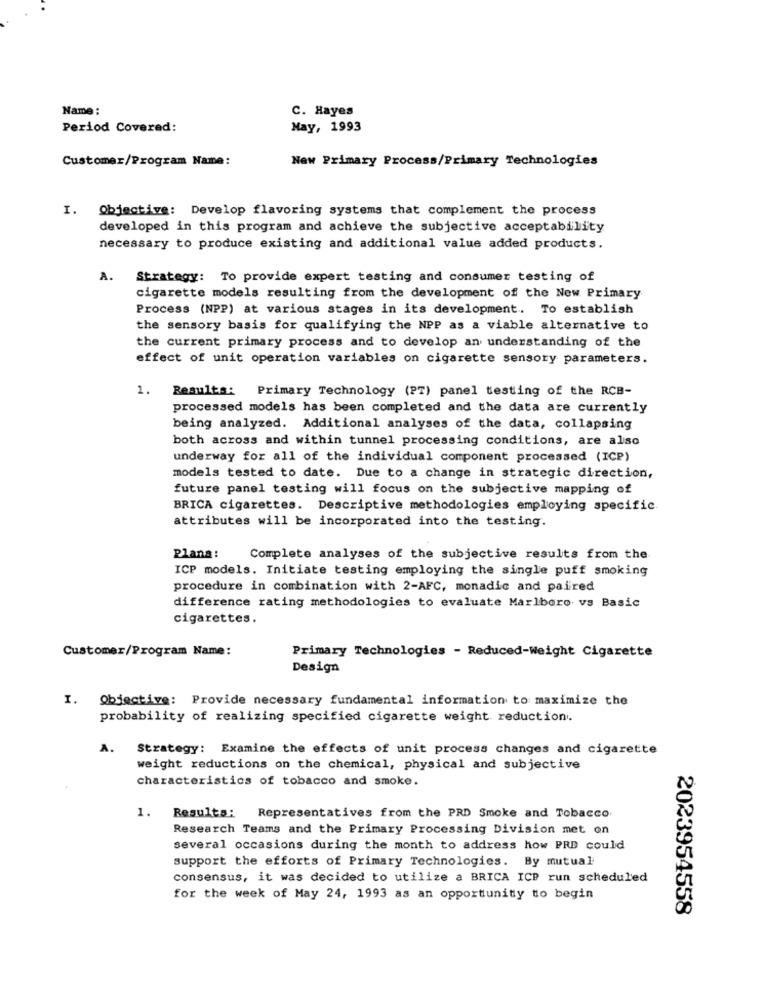
Name:
C. Hayes
Period Covered:
May, 1993
Customer/Program Name:
New Primary Process/Primary Technologies
I. Objective: Develop flavoring systems that complement the process
developed in this program and achieve the subjective acceptability
necessary to produce existing and additional value added products.
A. Strategy: To provide expert testing and consumer testing of
cigarette models resulting from the development of the New Primary
Process (NPP) at various stages in its development. To establish
the sensory basis for qualifying the NPP as a viable alternative to
the current primary process and to develop an understanding of the
effect of unit operation variables on cigarette sensory parameters.
1. Resulta: Primary Technology (PT) panel testing of the RCB-
processed models has been completed and the data are currently
being analyzed. Additional analyses of the data, collapsing
both across and within tunnel processing conditions, are also
underway for all of the individual component processed (ICP)
models tested to date. Due to a change in strategic direction,
future panel testing will focus on the subjective mapping of
BRICA cigarettes. Descriptive methodologies employing specific
attributes will be incorporated into the testing.
Plana: Complete analyses of the subjective results from the
ICP models. Initiate testing employing the single puff smoking
procedure in combination with 2-AFC, monadic and paired
difference rating methodologies to evaluate Marlboro vs Basic
cigarettes.
Customer/Program Name:
Primary Technologies - Reduced-Weight Cigarette
Design
I. Objective: Provide necessary fundamental information to maximize the
probability of realizing specified cigarette weight reduction.
A.
Strategy: Examine the effects of unit process changes and cigarette
weight reductions on the chemical, physical and subjective
characteristics of tobacco and smoke.
1. Results:
Representatives from the PRD Smoke and Tobacco
Research Teams and the Primary Processing Division met on
several occasions during the month to address how PRD could
support the efforts of Primary Technologies. By mutual
consensus, it was decided to utilize a BRICA ICP run scheduled
for the week of May 24, 1993 as an opportunity to begin
2023954558